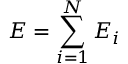
E = \sum _ { i = 1 } ^ { N } E _ { i }